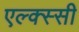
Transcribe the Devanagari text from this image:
एल्क्स्सी